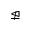
\ntrianglelefteq